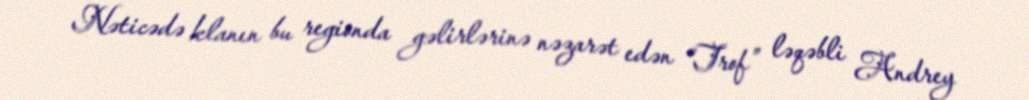
Nəticədə klanın bu regionda gəlirlərinə nəzarət edən “Trof” ləqəbli Andrey